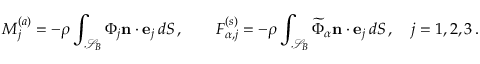
M _ { j } ^ { ( a ) } = - \rho \int _ { \mathcal { S } _ { B } } \Phi _ { j } \mathbf { n } \cdot \mathbf { e } _ { j } \, d S \, , \qquad F _ { \alpha , j } ^ { ( s ) } = - \rho \int _ { \mathcal { S } _ { B } } \widetilde { \Phi } _ { \alpha } \mathbf { n } \cdot \mathbf { e } _ { j } \, d S \, , \quad j = 1 , 2 , 3 \, .